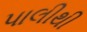
પાલીથી